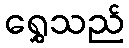
ရွှေသည်